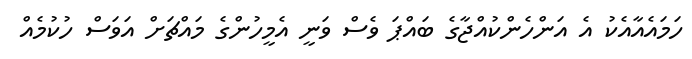
ހަމައެއާއެކު އެ އަންހެންކުއްޖާގެ ބައްޕަ ވެސް ވަނީ އެމީހުންގެ މައްޗަށް އަވަސް ހުކުމެއް